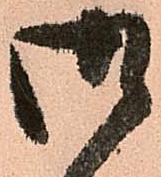
御